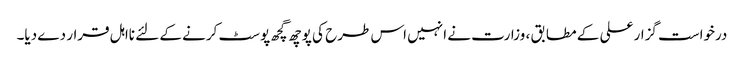
درخواست گزار علی کے مطابق ، وزارت نے انہیں اس طرح کی پوچھ گچھ پوسٹ کرنے کے لئے نااہل قرار دے دیا۔